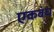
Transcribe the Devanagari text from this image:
एकबंध